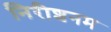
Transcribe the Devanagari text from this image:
निरीशनम